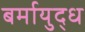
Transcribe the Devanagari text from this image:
बर्मायुद्ध